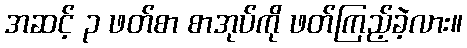
အဆင့် ၃ ဖတ်စာ စာအုပ်ကို ဖတ်ကြည့်ခဲ့လား။